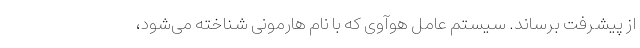
از پیشرفت برساند. سیستم عامل هوآوی که با نام هارمونی شناخته می‌شود،